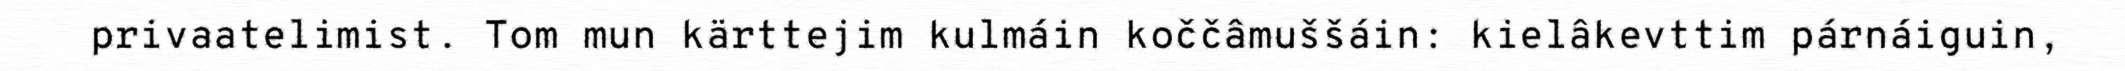
privaatelimist. Tom mun kärttejim kulmáin koččâmuššáin: kielâkevttim párnáiguin,